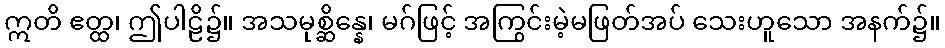
ဣတိ ဧတ္ထ၊ ဤပါဠိ၌။ အသမုစ္ဆိန္နေ၊ မဂ်ဖြင့် အကြွင်းမဲ့မဖြတ်အပ် သေးဟူသော အနက်၌။